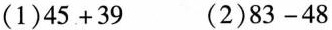
(1)$$45+39$$ (2)$$83-48$$